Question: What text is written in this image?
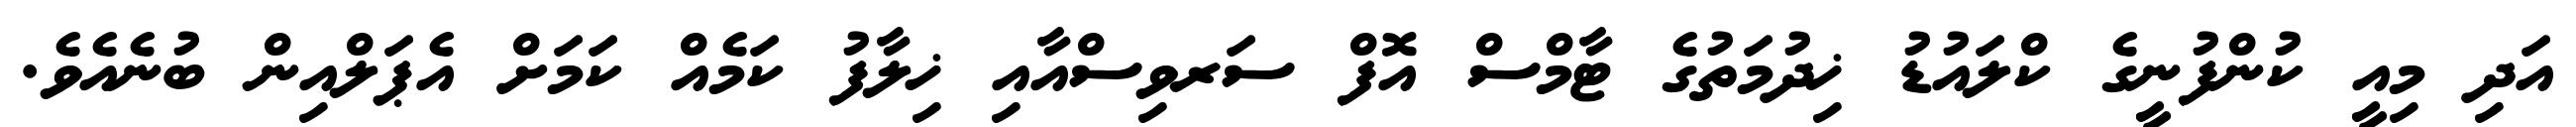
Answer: އަދި މިއީ ކުންފުނީގެ ކްލައުޑު ޚިދުމަތުގެ ޓާމްސް އޮފް ސަރވިސްއާއި ޚިލާފު ކަމެއް ކަމަށް އެޕަލްއިން ބުނެއެވެ.